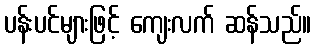
ပန်းပင်များဖြင့် ကျေးလက် ဆန်သည်။